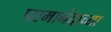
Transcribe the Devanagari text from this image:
परमानंदाच्या